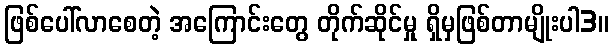
ဖြစ်ပေါ်လာစေတဲ့ အကြောင်းတွေ တိုက်ဆိုင်မှု ရှိမှဖြစ်တာမျိုးပါ3။